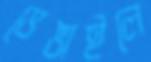
ভেঙাইলে